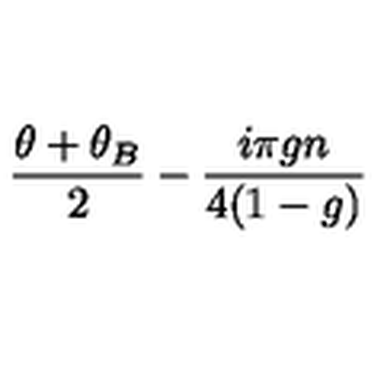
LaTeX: \frac { \theta + \theta _ { B } } { 2 } - \frac { i \pi g n } { 4 ( 1 - g ) }